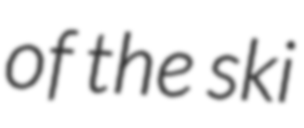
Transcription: of the ski